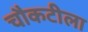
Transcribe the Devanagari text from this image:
चौकटीला